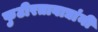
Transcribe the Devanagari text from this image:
फुटीरतावाद्यांनी